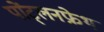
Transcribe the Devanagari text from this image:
पोंट्लनफ्रेथ